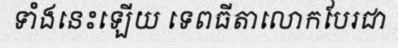
ទាំងនេះឡើយ ទេពធីតាលោកបែរជា